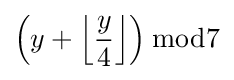
\left(y+\left\lfloor {\frac {y}{4}}\right\rfloor \right){\bmod {7}}